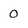
Character: 0